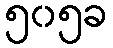
၅၀၅ခ